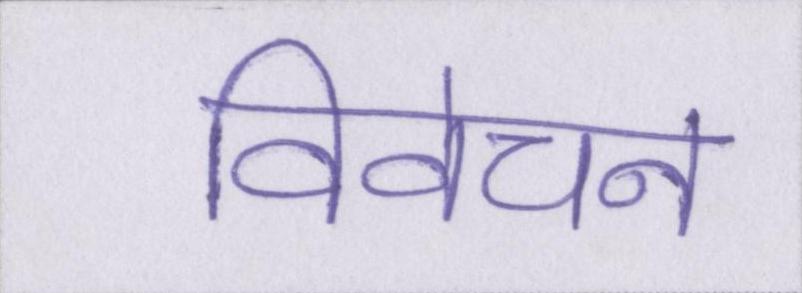
विवेचन